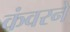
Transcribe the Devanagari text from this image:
कंवरने